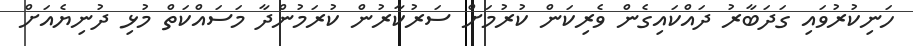
ހަނިކުރުވައި ގަދަބާރު ދައްކައިގެން ވެރިކަން ކުރުމަށް ސަރުކާރުން ކުރަމުންދާ މަސައްކަތް މުޅި ދުނިޔެއަށް